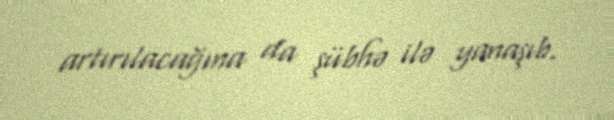
artırılacağına da şübhə ilə yanaşıb.